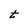
Character: t